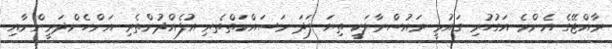
ރާއްޖޭގެ އެންމެ އަގުހުރި ގައުމީ ރައުސްމާލަކީ ތިޔަ ފަދަ މަސައްކަތްތެރި އުފެއްދުންތެރި އަންހެންދަރީންނާއި